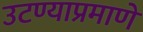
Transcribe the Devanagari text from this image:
उटण्याप्रमाणे